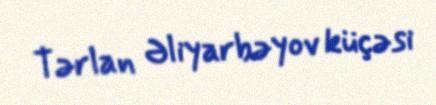
Tərlan Əliyarbəyov küçəsi